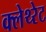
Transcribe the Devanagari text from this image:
क्लेथ्‍रेट